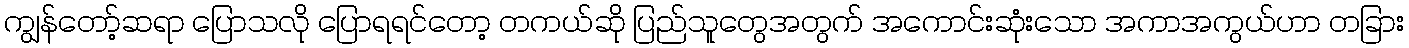
ကျွန်တော့်ဆရာ ပြောသလို ပြောရရင်တော့ တကယ်ဆို ပြည်သူတွေအတွက် အကောင်းဆုံးသော အကာအကွယ်ဟာ တခြား